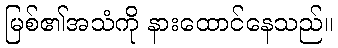
မြစ်၏အသံကို နားထောင်နေသည်။